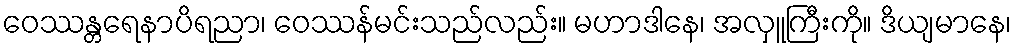
ဝေဿန္တရေနာပိရညာ၊ ဝေဿန်မင်းသည်လည်း။ မဟာဒါနေ၊ အလှူကြီးကို။ ဒိယျမာနေ၊